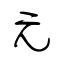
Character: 元